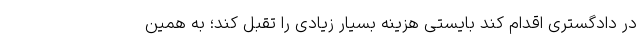
در دادگستری اقدام کند بایستی هزینه بسیار زیادی را تقبل کند؛ به همین